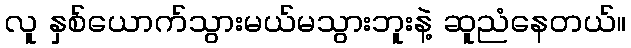
လူ နှစ်ယောက်သွားမယ်မသွားဘူးနဲ့ ဆူညံနေတယ်။